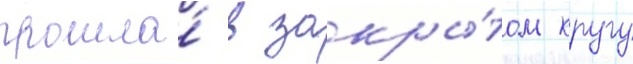
прошла́ в закры́том кругу